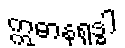
ဣဓာနုရုဒ္ဓါ